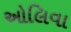
ઓલિવા